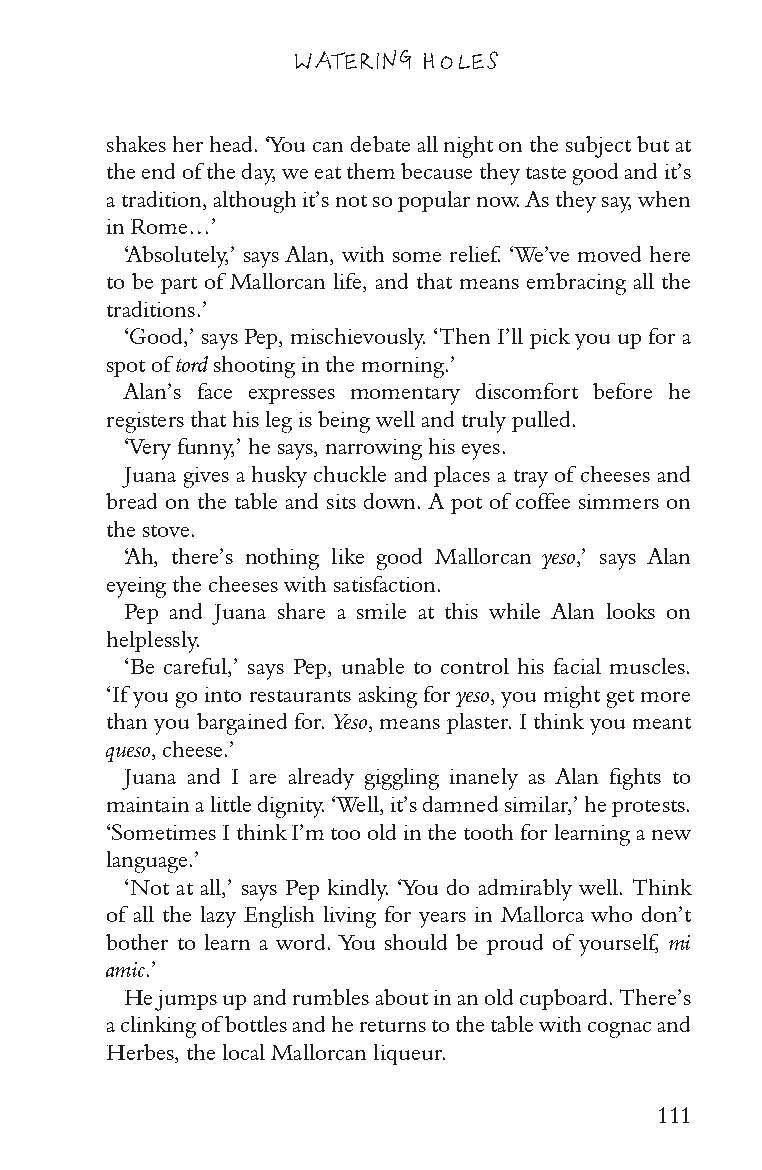
WATERING HOLES
 shakes her head. ‘You can debate all night on the subject but at
 the end of the day, we eat them because they taste good and it’s
 a tradition, although it’s not so popular now. As they say, when
 in Rome…’
 ‘Absolutely,’ says Alan, with some relief. ‘We’ve moved here
 to be part of Mallorcan life, and that means embracing all the
 traditions.’
 ‘Good,’ says Pep, mischievously. ‘Then I’ll pick you up for a
 spot of tord shooting in the morning.’
 Alan’s face expresses momentary discomfort before he
 registers that his leg is being well and truly pulled.
 ‘Very funny,’ he says, narrowing his eyes.
 Juana gives a husky chuckle and places a tray of cheeses and
 bread on the table and sits down. A pot of coffee simmers on
 the stove.
 ‘Ah, there’s nothing like good Mallorcan yeso,’ says Alan
 eyeing the cheeses with satisfaction.
 Pep and Juana share a smile at this while Alan looks on
 helplessly.
 ‘Be careful,’ says Pep, unable to control his facial muscles.
 ‘If you go into restaurants asking for yeso, you might get more
 than you bargained for. Yeso, means plaster. I think you meant
 queso, cheese.’
 Juana and I are already giggling inanely as Alan fights to
 maintain a little dignity. ‘Well, it’s damned similar,’ he protests.
 ‘Sometimes I think I’m too old in the tooth for learning a new
 language.’
 ‘Not at all,’ says Pep kindly. ‘You do admirably well. Think
 of all the lazy English living for years in Mallorca who don’t
 bother to learn a word. You should be proud of yourself, mi
 amic.’
 He jumps up and rumbles about in an old cupboard. There’s
 a clinking of bottles and he returns to the table with cognac and
 Herbes, the local Mallorcan liqueur.
 111